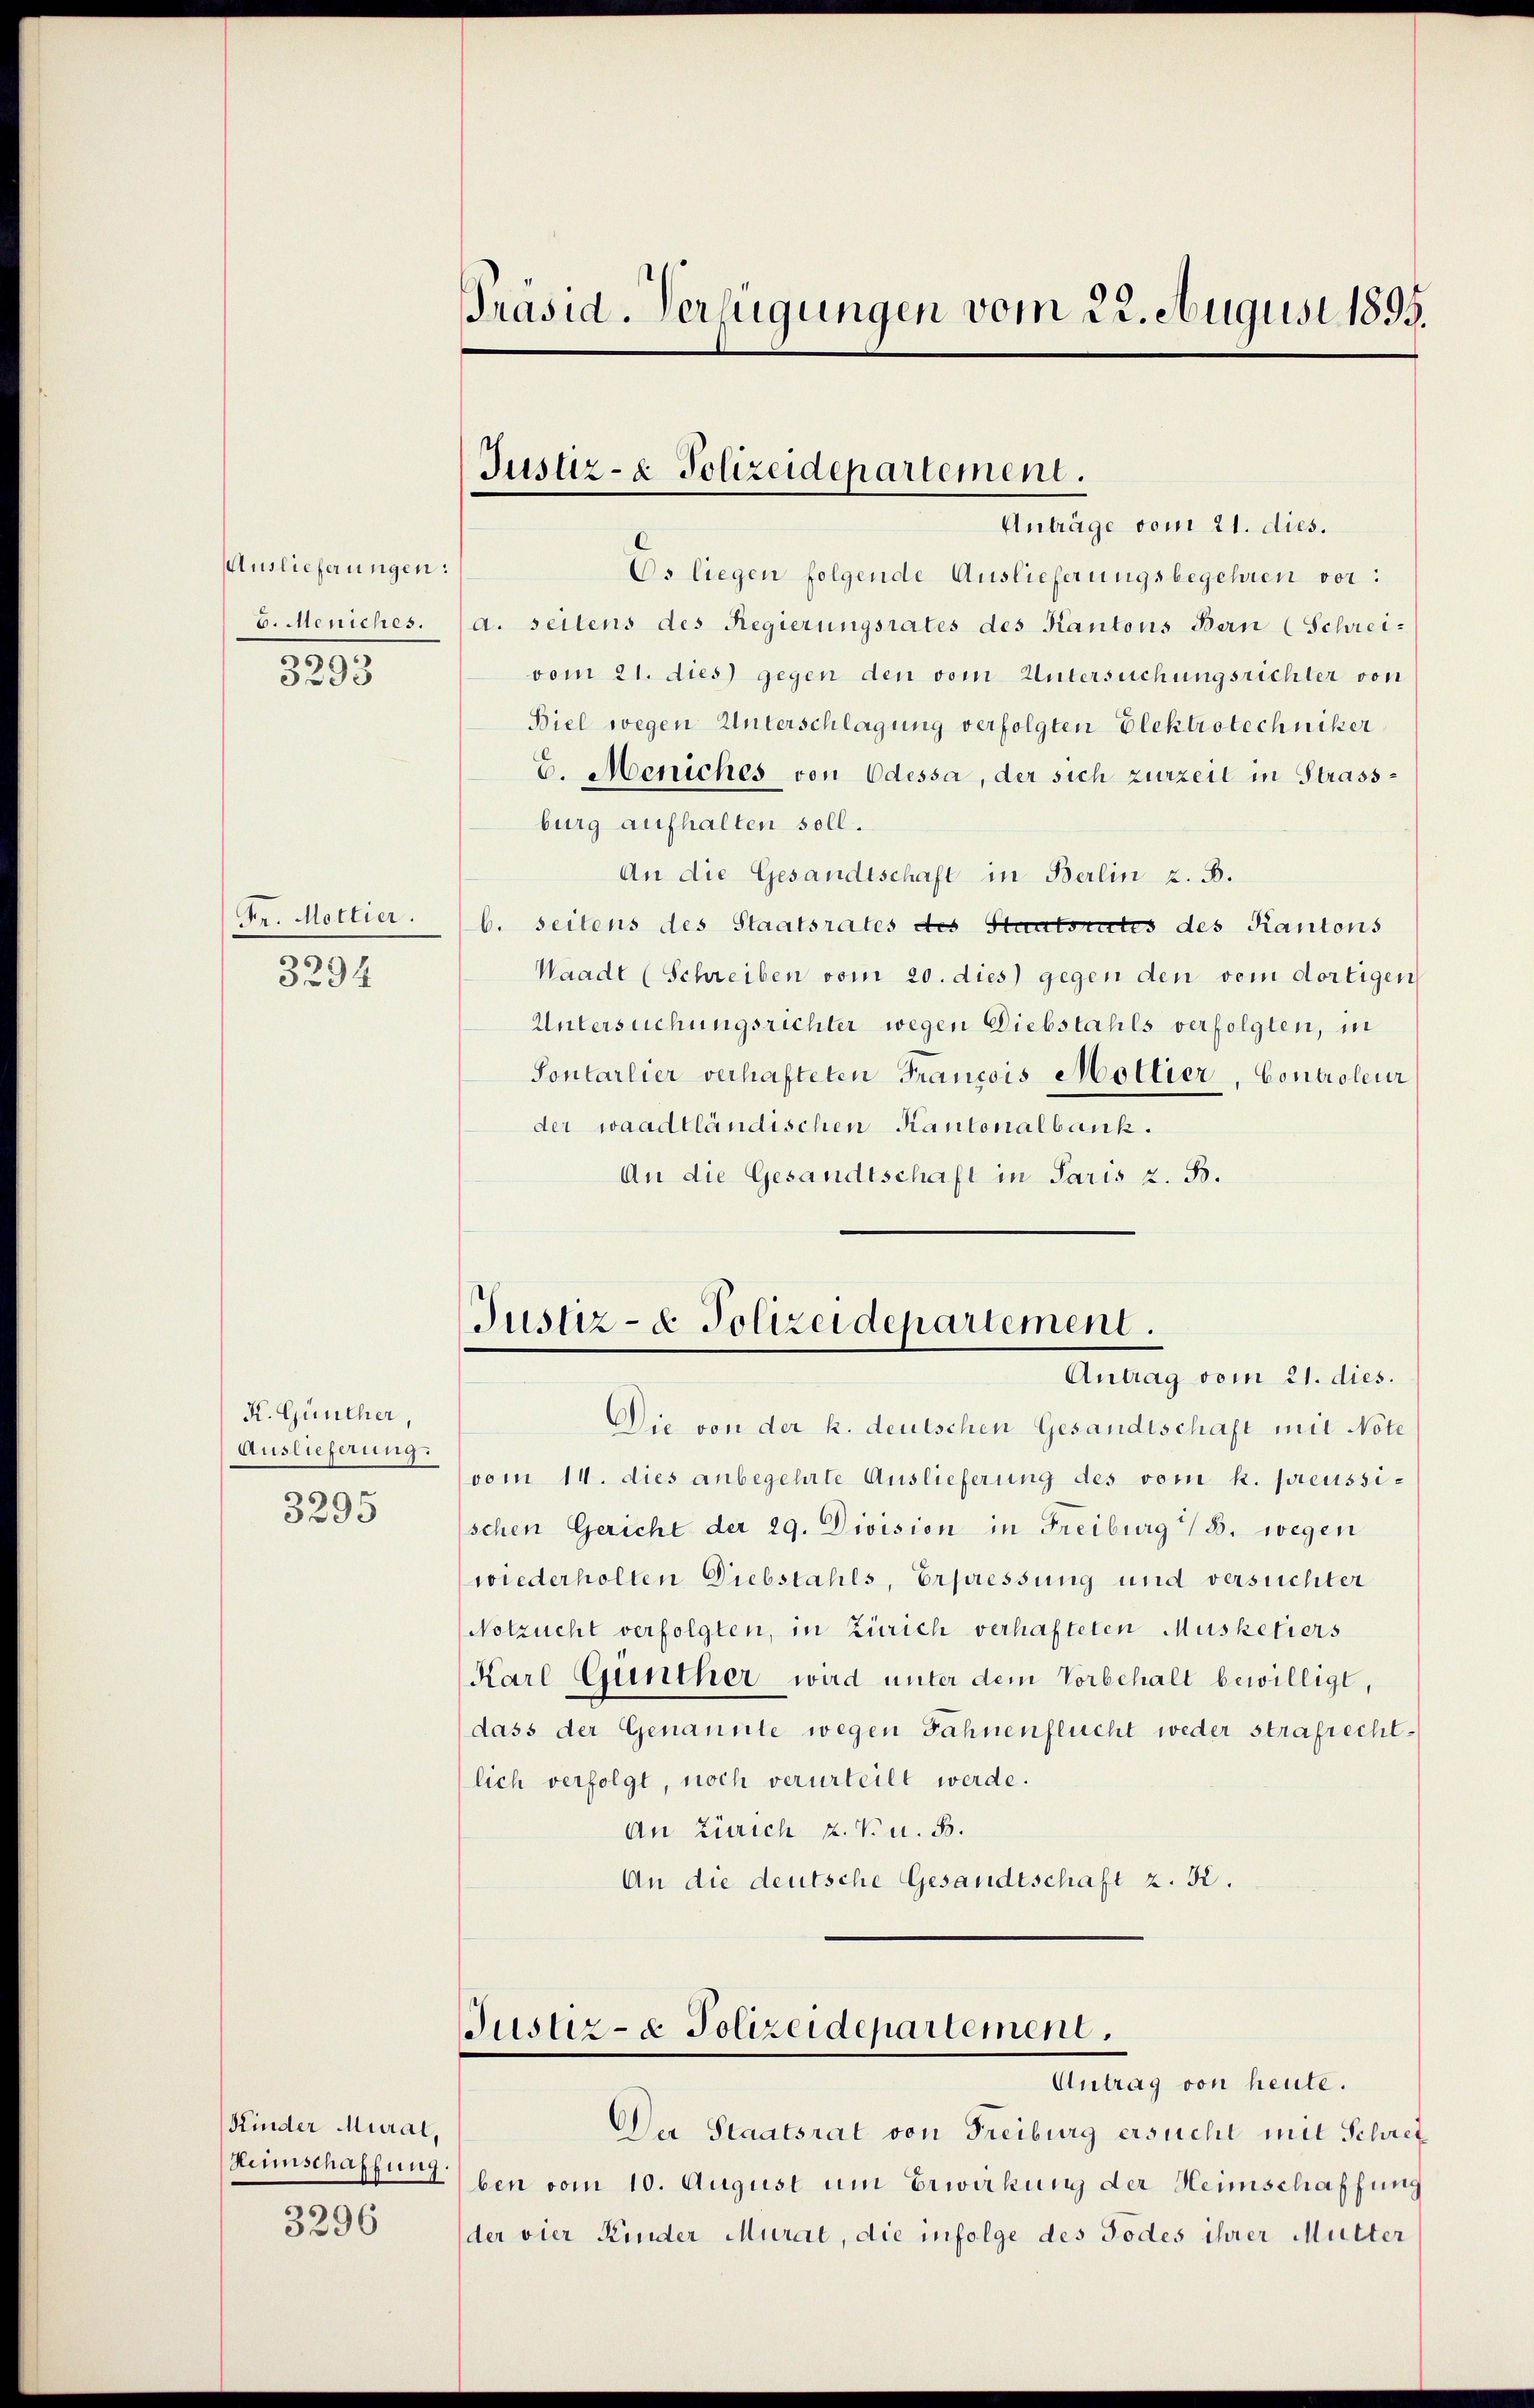
Auslieferungen:
5393
e

Fr. Mollier.
3294

K. Günther,
Auslieferung:
3295

Kinder Mural,
Heimschaffung.
3296

Os liegen folgende Auslieferungsbegehren vor:
b. Meniches. (a. seitens des Regierungsrates des Kantons Bern (Schrei-
vom 21. dies gegen den vom Untersuchungsrichter von
Biel wegen Unterschlagung verfolgten Elektrotechniker
b. Meniches von Odessa, der sich zurzeit in Strassburg aufhalten soll.
An die Gesandtschaft in Berlin z. B.
b. seitens des Staatsrates des Staatsrates des Kantons
Waadt (Schreiben vom 20. dies) gegen den vom dortigen
Untersuchungsrichter wegen Diebstahls verfolgten, in
Sontarlier verhafteten Francois Mollier, Controleur
der waadtländischen Kantonalbank.
An die Gesandtschaft in Paris z. B.

Die von der k. deutschen Gesandtschaft mit Note
(vom 14. dies anbegehrte Auslieferung des vom k. preussi-
schen Gericht der 29. Division in Freiburg (B. wegen
wiederholten Diebstahls, Erpressung und versuchter
(Notzucht verfolgten, in Zürich verhafteten Musketiers
Kare Günther wird unter dem Vorbehalt bewilligt,
dass der Genannte wegen Fahnenflucht weder strafrechtlich verfolgt, noch verurteilt werde.
An Zürich K. V. u. 8.
An die deutsche Gesandtschaft z. K.

Präsid. Verfügungen vom 22. August 1895.

Justiz- & Polizeidepartement.
Anträge vom 21. dies.

Justiz- & Polizeidepartement.
Antrag vom 21. dies.

Justiz- & Polizeidepartement.
Antrag von heute.

Der Staatsrat von Freiburg ersucht mit Schrei
ben vom 10. August um Erwirkung der Heimschaffung
der vier Kinder Mural, die infolge des Todes ihrer Mutter